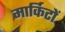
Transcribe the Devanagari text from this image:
मार्किटों